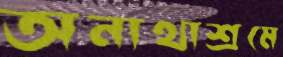
অনাথাশ্রমে